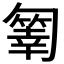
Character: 𠤄